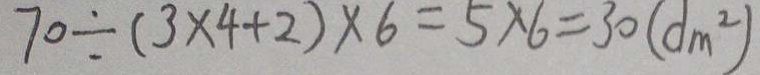
7 0 \div ( 3 \times 4 + 2 ) \times 6 = 5 \times 6 = 3 0 ( d m ^ { 2 } )